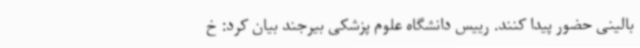
بالینی حضور پیدا کنند. رییس دانشگاه علوم پزشکی بیرجند بیان کرد: خ